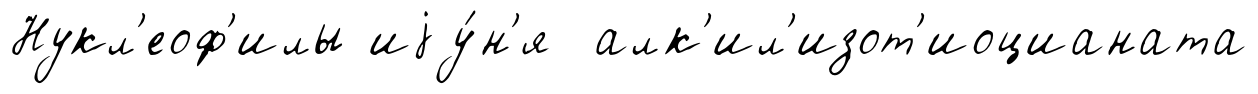
Нукл'еоф'илы иjу́н'я алк'ил'изот'иоцианата